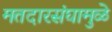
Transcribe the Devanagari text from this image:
मतदारसंघामुळे